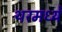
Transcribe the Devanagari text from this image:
थरमध्ये